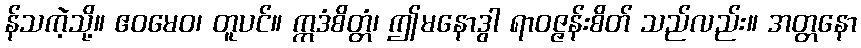
န်သကဲ့သို့။ ဧဝမေဝ၊ တူပင်။ ဣဒံစိတ္တံ၊ ဤမနောဒွါ ရာဝဇ္ဇန်းစိတ် သည်လည်း။ အတ္တနော